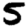
Digit: 5